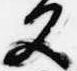
又